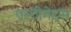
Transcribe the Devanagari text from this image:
एस्टीमेट्स